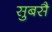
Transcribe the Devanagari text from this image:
सुबसै